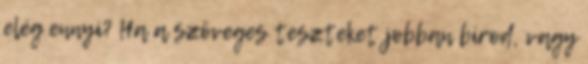
elég ennyi? Ha a szöveges teszteket jobban bírod, vagy